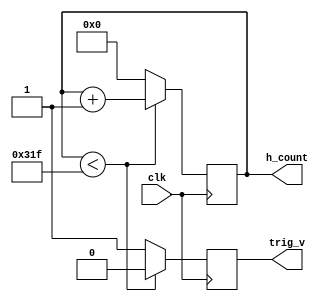
`timescale 1ns / 1ps
//////////////////////////////////////////////////////////////////////////////////
// Company: 
// Engineer: 
// 
// Design Name: 
// Module Name: h_counter
// Project Name: 
// Target Devices: 
// Tool Versions: 
// Description: 
// 
// Dependencies: 
// 
// Revision:
// Revision 0.01 - File Created
// Additional Comments:
// 
//////////////////////////////////////////////////////////////////////////////////


module h_counter(clk, h_count, trig_v);
input clk;
output [9:0] h_count;
output trig_v;
reg [9:0] h_count;
reg trig_v;
initial h_count = 0;
always @(posedge clk)
begin
if (h_count<10'b1100011111)
    begin
    h_count <= h_count + 1;
    trig_v <= 0;
    end
else
    begin
    h_count <= 0;
    trig_v <= 1;
    end
end endmodule